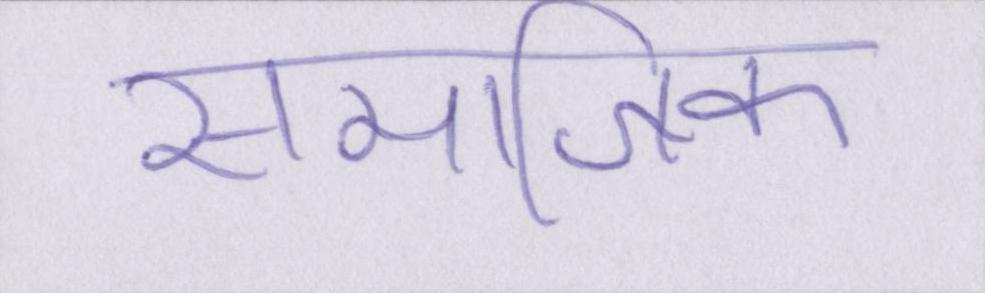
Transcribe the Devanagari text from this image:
समाजिक